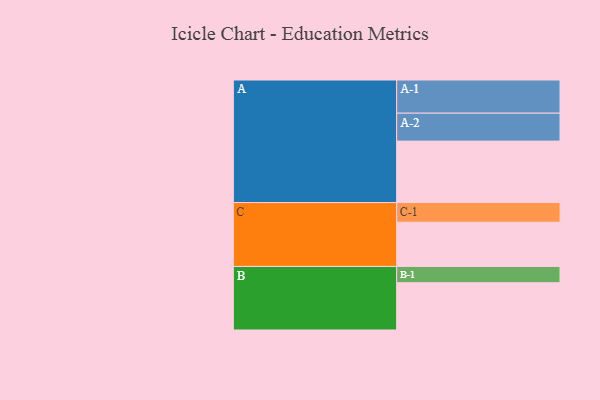
{"axis": {"x": "Segment", "y": "Value"}, "legend": ["", "A", "B", "C"], "data": [{"x": "A", "y": 554, "type": ""}, {"x": "B", "y": 426, "type": ""}, {"x": "C", "y": 399, "type": ""}, {"x": "A-1", "y": 299, "type": "A"}, {"x": "A-2", "y": 252, "type": "A"}, {"x": "B-1", "y": 147, "type": "B"}, {"x": "C-1", "y": 177, "type": "C"}]}